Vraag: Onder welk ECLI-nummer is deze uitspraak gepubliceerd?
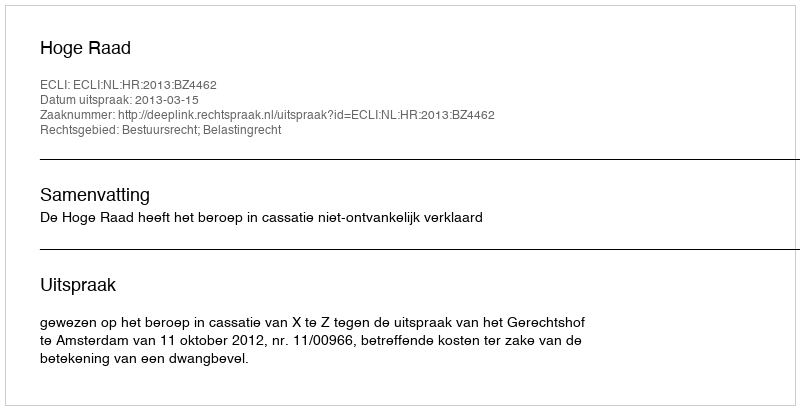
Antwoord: ECLI:NL:HR:2013:BZ4462